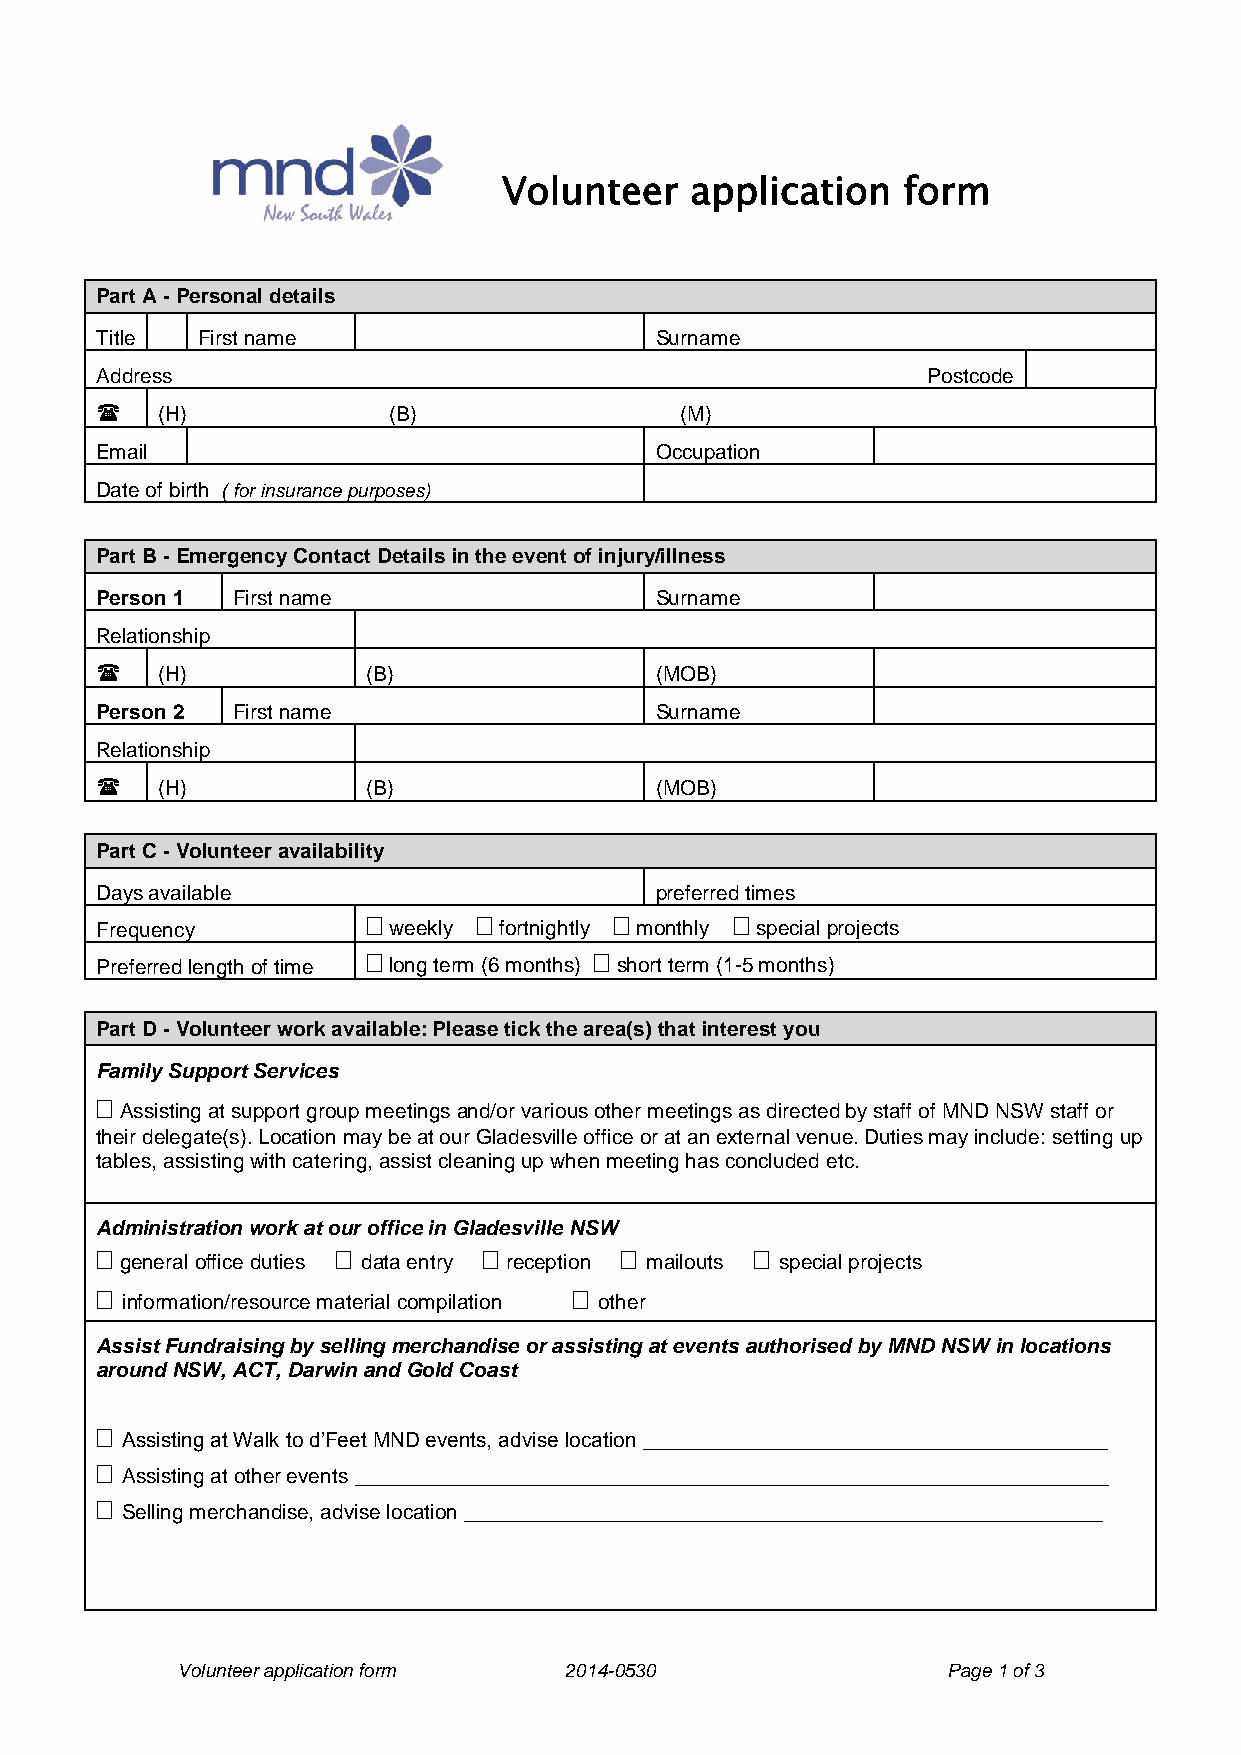
Volunteer    application   form
 Part A - Personal details
 Title  First name                    Surname
 Address                                                Postcode
    (H)             (B)                (M)
 Email                                Occupation
 Date of birth ( for insurance purposes)
 Part B - Emergency Contact Details in the event of injury/illness
 Person 1 First name                  Surname
 Relationship
    (H)           (B)                (MOB)
 Person 2 First name                  Surname
 Relationship
    (H)           (B)                (MOB)
 Part C - Volunteer availability
 Days available                       preferred times
                      
 Frequency           weekly fortnightly monthly special projects
               
 Preferred length of time long term (6 months) short term (1-5 months)
 Part D - Volunteer work available: Please tick the area(s) that interest you
 Family Support Services
 
 Assisting at support group meetings and/or various other meetings as directed by staff of MND NSW staff or
 their delegate(s). Location may be at our Gladesville office or at an external venue. Duties may include: setting up
 tables, assisting with catering, assist cleaning up when meeting has concluded etc.
 Administration work at our office in Gladesville NSW
                                         
 general office duties data entry reception mailouts special projects
                                
 information/resource material compilation other
 Assist Fundraising by selling merchandise or assisting at events authorised by MND NSW in locations
 around NSW, ACT, Darwin and Gold Coast
 
 Assisting at Walk to d’Feet MND events, advise location ________________________________________
 
 Assisting at other events _________________________________________________________________
 
 Selling merchandise, advise location _______________________________________________________
 Volunteer application form 2014-0530               Page 1 of 3